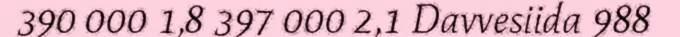
390 000 1,8 397 000 2,1 Davvesiida 988